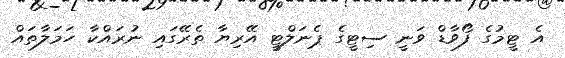
އެ ޓީމުގެ ފޯވާޑް ވަނީ ސިޓީގެ ޕެނަލްޓީ އޭރިޔާ ތެރޭގައި ނުރައްކާ ހަމަލާތައް